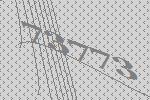
73773